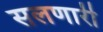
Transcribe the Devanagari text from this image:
सलणारी